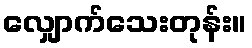
လျှောက်သေးတုန်း။